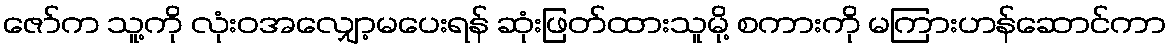
ဇော်က သူ့ကို လုံးဝအလျှော့မပေးရန် ဆုံးဖြတ်ထားသူမို့ စကားကို မကြားဟန်ဆောင်ကာ